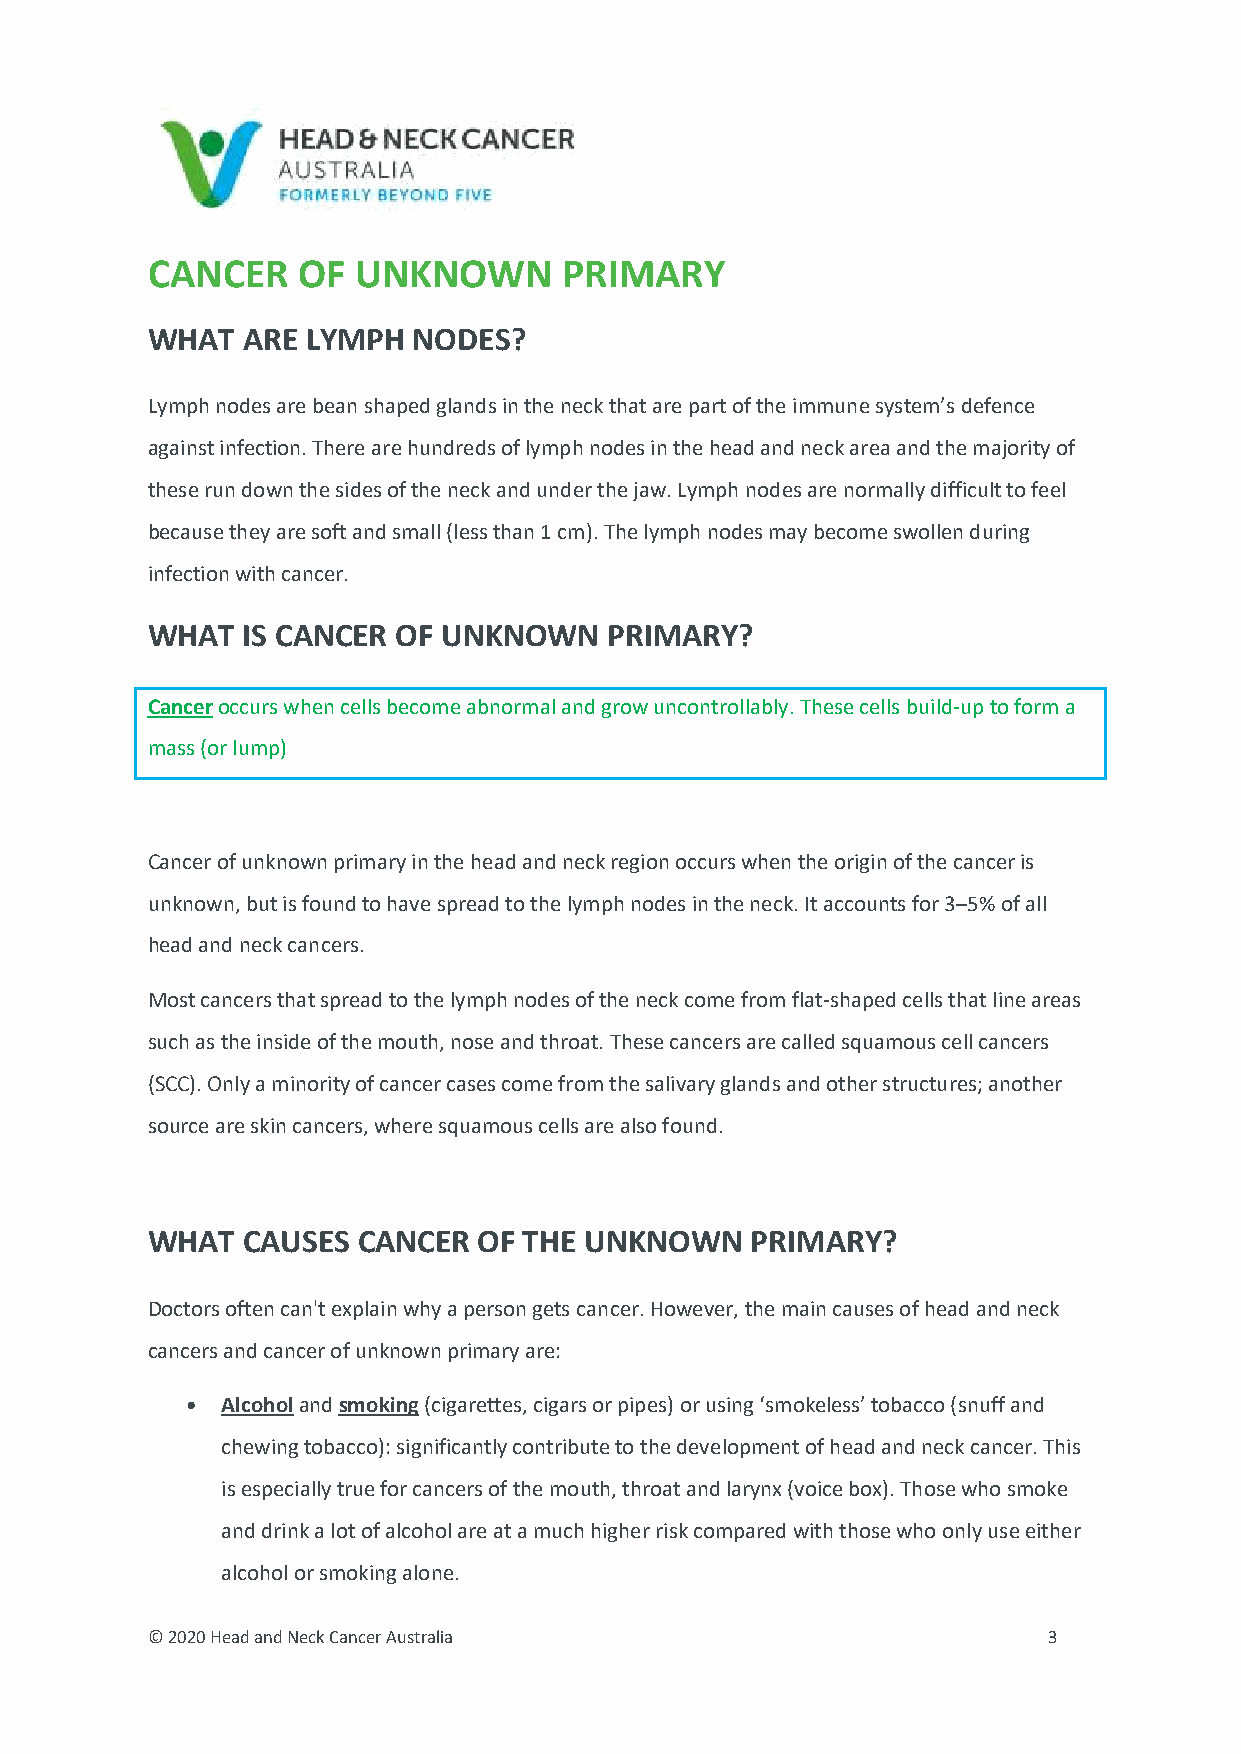
CANCER    OF UNKNOWN       PRIMARY
 WHAT  ARE LYMPH  NODES?
 Lymph nodes are bean shaped glands in the neck that are part of the immune system’s defence
 against infection. There are hundreds of lymph nodes in the head and neck area and the majority of
 these run down the sides of the neck and under the jaw. Lymph nodes are normally difficult to feel
 because they are soft and small (less than 1 cm). The lymph nodes may become swollen during
 infection with cancer.
 WHAT  IS CANCER OF UNKNOWN    PRIMARY?
 Cancer occurs when cells become abnormal and grow uncontrollably. These cells build-up to form a
 mass (or lump)
 Cancer of unknown primary in the head and neck region occurs when the origin of the cancer is
 unknown, but is found to have spread to the lymph nodes in the neck. It accounts for 3–5% of all
 head and neck cancers.
 Most cancers that spread to the lymph nodes of the neck come from flat-shaped cells that line areas
 such as the inside of the mouth, nose and throat. These cancers are called squamous cell cancers
 (SCC). Only a minority of cancer cases come from the salivary glands and other structures; another
 source are skin cancers, where squamous cells are also found.
 WHAT  CAUSES  CANCER  OF THE UNKNOWN    PRIMARY?
 Doctors often can't explain why a person gets cancer. However, the main causes of head and neck
 cancers and cancer of unknown primary are:
 •  Alcohol and smoking (cigarettes, cigars or pipes) or using ‘smokeless’ tobacco (snuff and
 chewing tobacco): significantly contribute to the development of head and neck cancer. This
 is especially true for cancers of the mouth, throat and larynx (voice box). Those who smoke
 and drink a lot of alcohol are at a much higher risk compared with those who only use either
 alcohol or smoking alone.
 © 2020 Head and Neck Cancer Australia                      3